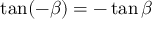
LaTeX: \tan ( - \beta ) = - \tan \beta